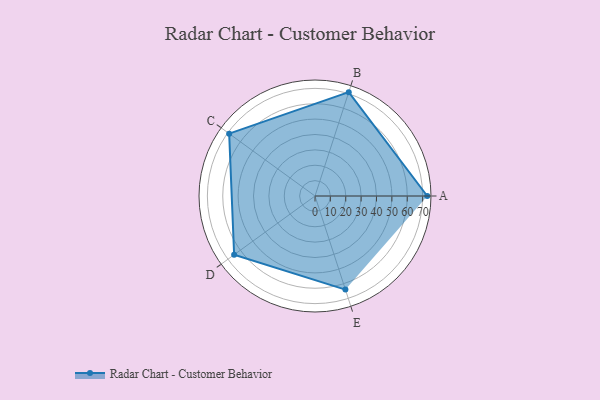
{"axis": {"x": "Skill", "y": "Score"}, "legend": ["Profile"], "data": [{"x": "A", "y": 73.0, "type": "Profile"}, {"x": "B", "y": 71.0, "type": "Profile"}, {"x": "C", "y": 69.0, "type": "Profile"}, {"x": "D", "y": 65.0, "type": "Profile"}, {"x": "E", "y": 64.0, "type": "Profile"}]}